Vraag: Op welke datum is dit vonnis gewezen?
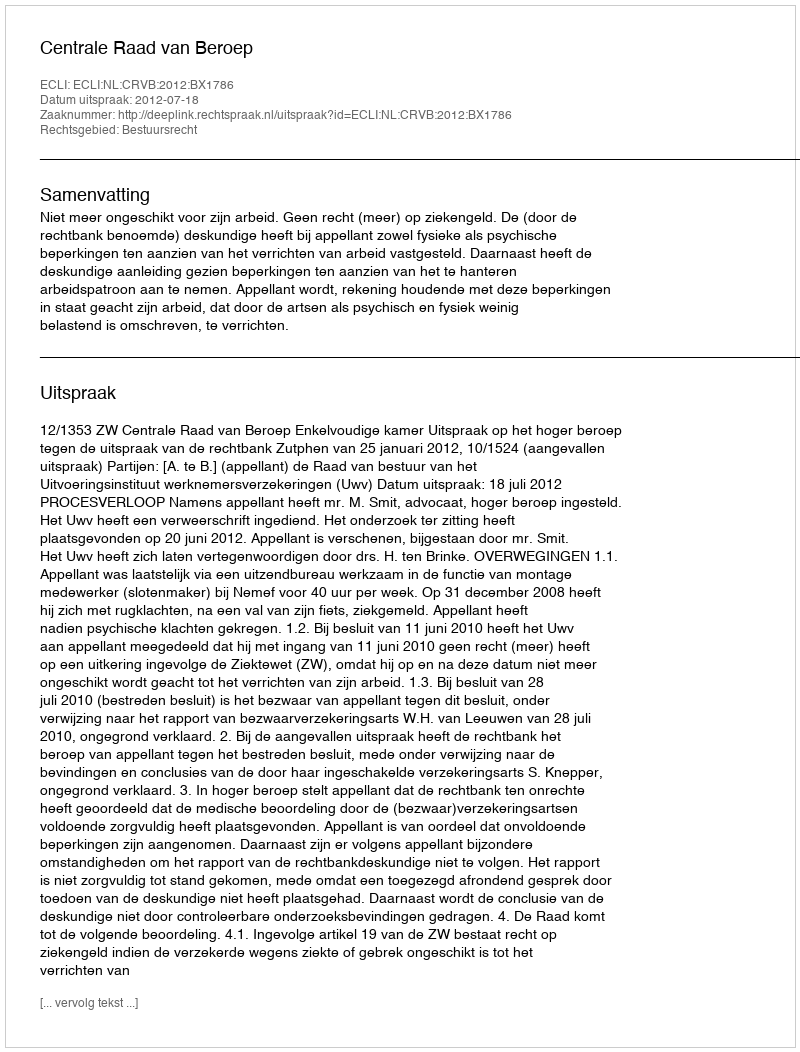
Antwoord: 2012-07-18